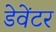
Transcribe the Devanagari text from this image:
डेवेंटर